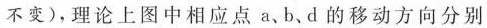
不变)，理论上图中相应点a、b、d的移动方向分别